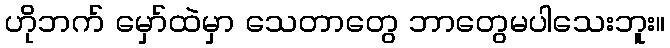
ဟိုဘက် မှော်ထဲမှာ သေတာတွေ ဘာတွေမပါသေးဘူး။